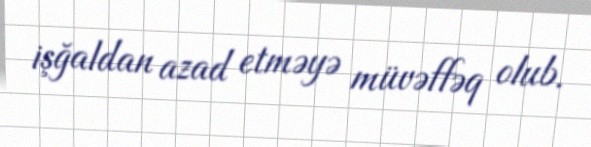
işğaldan azad etməyə müvəffəq olub.